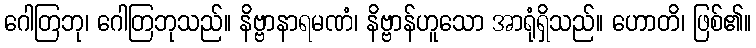
ဂေါတြဘု၊ ဂေါတြဘုသည်။ နိဗ္ဗာနာရမဏံ၊ နိဗ္ဗာန်ဟူသော အာရုံရှိသည်။ ဟောတိ၊ ဖြစ်၏။